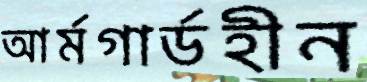
আর্মগার্ডহীন